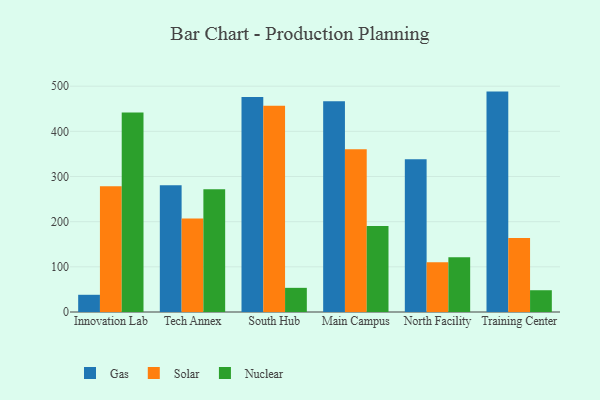
{"axis": {"x": "Campus", "y": "Waste Production (Tons)"}, "legend": ["Gas", "Nuclear", "Solar"], "data": [{"x": "Innovation Lab", "y": 38.1, "type": "Gas"}, {"x": "Innovation Lab", "y": 278.7, "type": "Solar"}, {"x": "Innovation Lab", "y": 441.6, "type": "Nuclear"}, {"x": "Tech Annex", "y": 280.4, "type": "Gas"}, {"x": "Tech Annex", "y": 207.3, "type": "Solar"}, {"x": "Tech Annex", "y": 271.7, "type": "Nuclear"}, {"x": "South Hub", "y": 476.0, "type": "Gas"}, {"x": "South Hub", "y": 456.8, "type": "Solar"}, {"x": "South Hub", "y": 53.5, "type": "Nuclear"}, {"x": "Main Campus", "y": 466.5, "type": "Gas"}, {"x": "Main Campus", "y": 360.5, "type": "Solar"}, {"x": "Main Campus", "y": 190.2, "type": "Nuclear"}, {"x": "North Facility", "y": 338.2, "type": "Gas"}, {"x": "North Facility", "y": 110.1, "type": "Solar"}, {"x": "North Facility", "y": 121.0, "type": "Nuclear"}, {"x": "Training Center", "y": 488.0, "type": "Gas"}, {"x": "Training Center", "y": 164.1, "type": "Solar"}, {"x": "Training Center", "y": 48.2, "type": "Nuclear"}]}